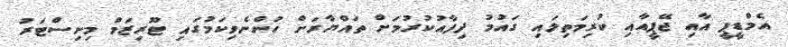
އެމްޑީޕީ އާއި ޖޭޕީއާއި ކުރިމަތިލައި ގައުމު ދިފާއުކުރުމަށް ތައްޔާރަށް ހުންނެވިކަމުގައި ޓޫރިޒަމް މިނިސްޓަރު